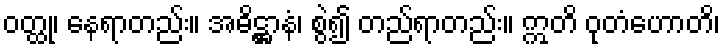
ဝတ္ထု၊ နေရာတည်း။ အဓိဋ္ဌာနံ၊ စွဲ၍ တည်ရာတည်း။ ဣတိ ဝုတံဟောတိ၊